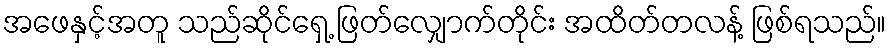
အဖေနှင့်အတူ သည်ဆိုင်ရှေ့ ဖြတ်လျှောက်တိုင်း အထိတ်တလန့် ဖြစ်ရသည်။